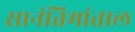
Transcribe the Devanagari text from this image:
सानंतिमांताल